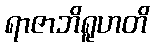
ရာဇာဘိရူဟတိ